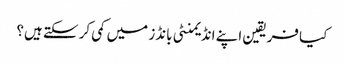
کیا فریقین اپنے انڈیمنٹی بانڈز میں کمی کر سکتے ہیں؟